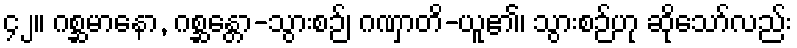
၄၂။ ဂစ္ဆမာနော, ဂစ္ဆန္တော-သွားစဉ်၊ ဂဏှာတိ-ယူ၏၊ သွားစဉ်ဟု ဆိုသော်လည်း